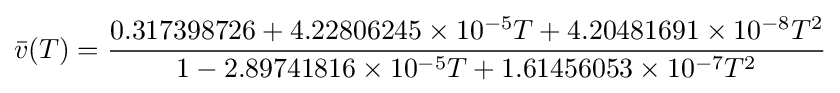
{\bar {v}}(T)={\frac {0.317398726+4.22806245\times 10^{-5}T+4.20481691\times 10^{-8}T^{2}}{1-2.89741816\times 10^{-5}T+1.61456053\times 10^{-7}T^{2}}}